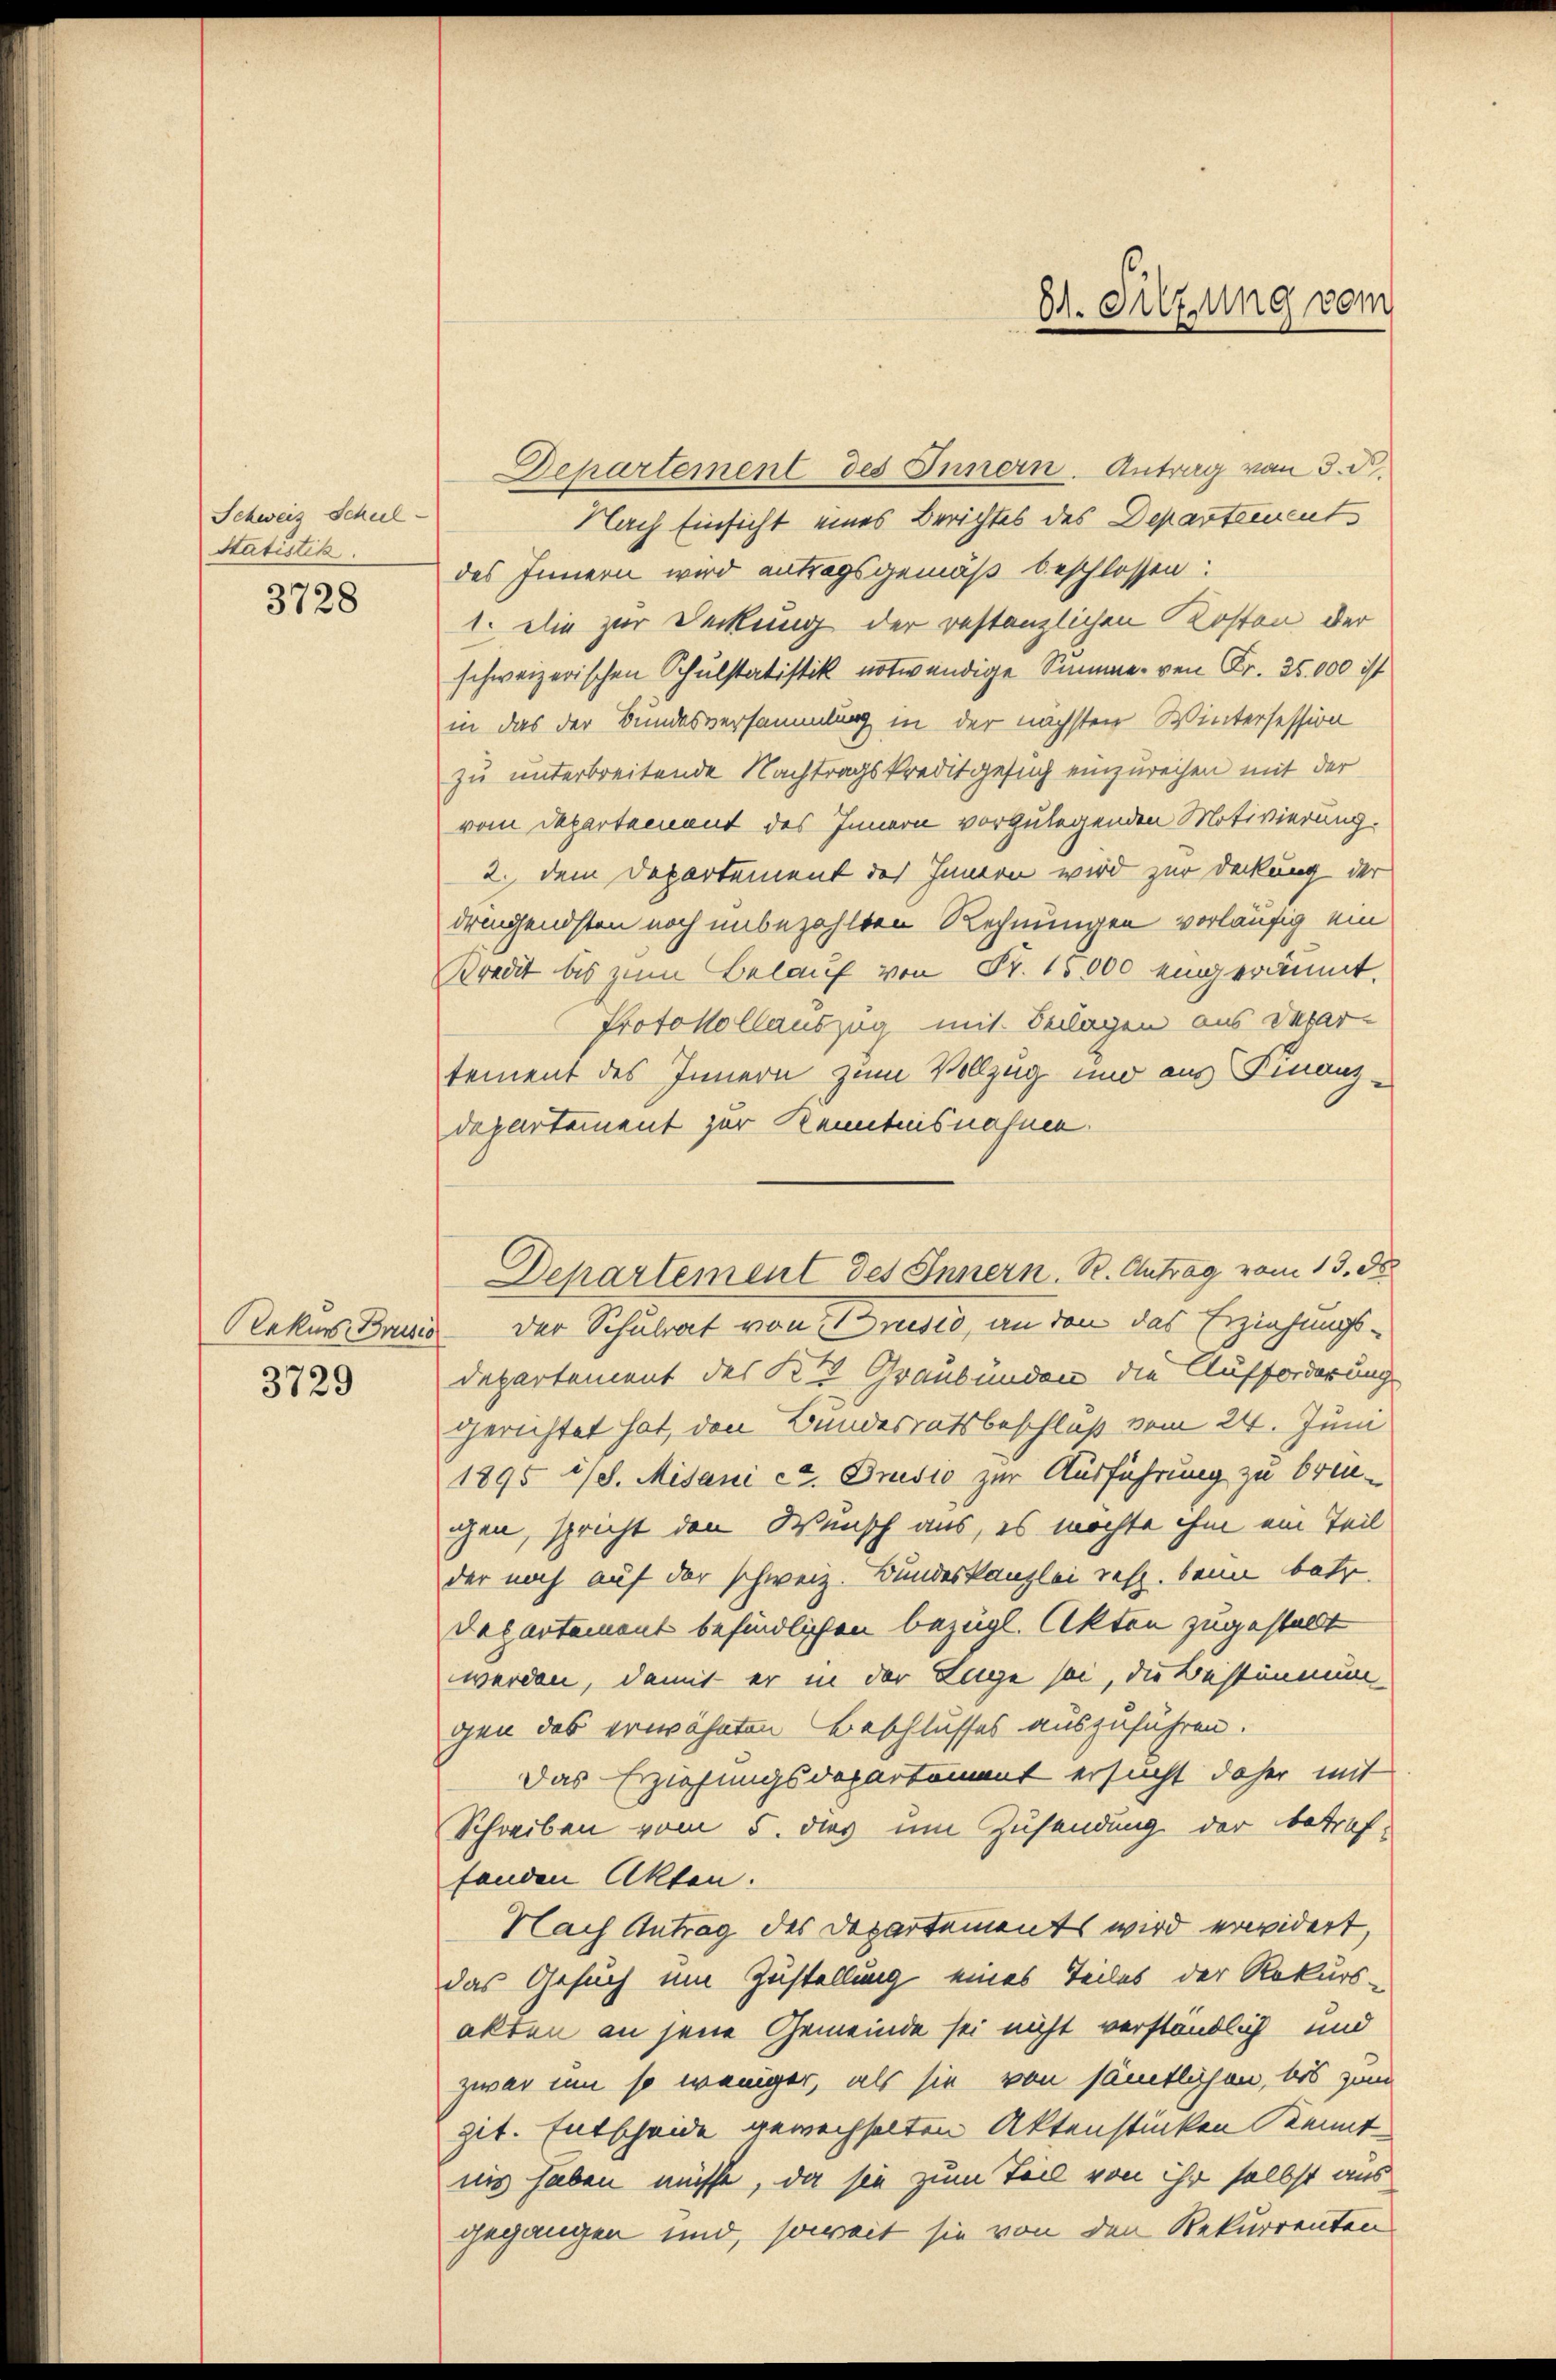
Schweiz Schul-
Statistik.

3728

Rekurs Brusio
3729

Departement des Innern. Antrag von 3. d.
Nach Einsicht eines Berichtes des Departement
des Innern wird antragsgemäß beschlossen:
1. Die zur Deckung der restanzlichen Kosten der
schweizerischen Schulstatistik notwendige Summe von Fr. 25,000 ist
in das der Bundesversammlung in der nächsten Wintersession
zu unterbreitende Nachtragskreditgesuch einzureichen mit der
vom Departement des Innern vorzulegenden Motivierung.
2. dem Departement des Innern wird zur Deckung der
dringendsten noch unbezahlten Rechnungen vorläufig ein
Bredit bis zum Belauf von Fr. 15000 eingeräumt.
Protokollauszug mit Beilagen aus Depar-
tement des Innern zum Vollzug und aus Finanzdepartement zur Kenntnisnahme.
der Schulrat von Drusio, an den das Erziehungs-
Departement des K. Graubünden die Aufforderung
gerichtet hat, den Bundesratsbeschluß vom 24. Juni
1895 1/2. Misani et. Dnidio zur Ausführung zu brinchen, spricht den Wunsch aus, es möchte ihm ein Teil
der noch auf der schweiz. Bundeskanzlei resp. beim betr.
Departement befindlichen bezügl. Akten zugestellt
werden, damit er in der Lage sei, die Bestimmun
gen das erwähnten Beschlusses auszuführen.
Das Erziehungsdepartement ersucht daher mit
Schreiben vom 5. dies um Zusendung der betref-
fanden Akten.
Nach Antrag des Departements wird erwidert,
das Gesuch um Zustellung eines Teiles der Rekurs-
akten an jene Gemeinde sei nicht verständlich und
zwar um so weniger, als sie von sämtlichen, bis zum
git. Entscheide gewechselten Aktenstücken Kennt
nis haben müsse, da sie zum Teil von ihr selbst aus
gegangen und, soweit sie von den Rekurrenten

Departement des Innern. R. Antrag vom 13. de

81. Sitzung vom